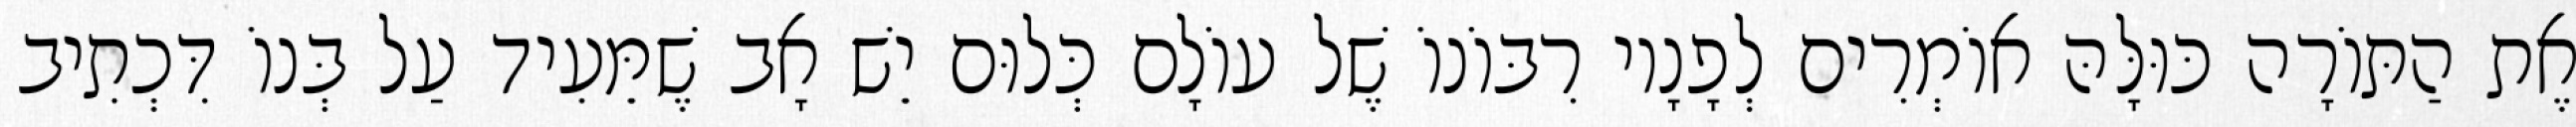
אֶת הַתּוֹרָה כּוּלָּהּ אוֹמְרִים לְפָנָיו רִבּוֹנוֹ שֶׁל עוֹלָם כְּלוּם יֵשׁ אָב שֶׁמֵּעִיד עַל בְּנוֹ דִּכְתִיב